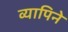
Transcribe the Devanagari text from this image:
व्यापिने